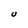
Character: U